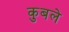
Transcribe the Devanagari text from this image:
कुबले